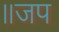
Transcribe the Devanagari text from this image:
॥जप